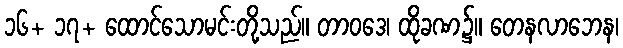
၁၆+ ၁၇+ ထောင်သောမင်းတို့သည်။ တာဝဒေ၊ ထိုခဏ၌။ တေနလာဘေန၊